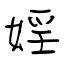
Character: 婬